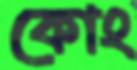
কোং